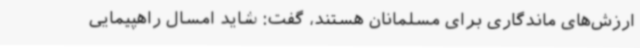
ارزش‌های ماندگاری برای مسلمانان هستند، گفت: شاید امسال راهپیمایی